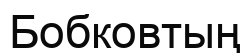
Бобковтың